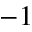
- 1